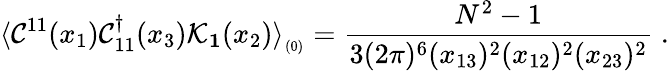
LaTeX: \langle{\cal C}^{11}(x_{1}){\cal C}_{11}^{\dagger}(x_{3}){\cal K}_{{\mathbf 1}}(x_{2})\rangle_{_{(0)}}={\frac{N^{2}-1}{3(2\pi)^{6}(x_{13})^{2}(x_{12})^{2}(x_{23})^{2}}}\; .